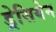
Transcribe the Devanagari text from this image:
ड्रेसियेन